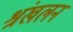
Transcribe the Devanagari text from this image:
श्रंखलन